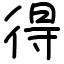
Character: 得